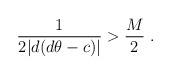
LaTeX: \begin{align*}\frac{1}{2|d(d\theta-c)|} > \frac{M}{2}\ .\end{align*}